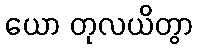
ယော တုလယိတွာ